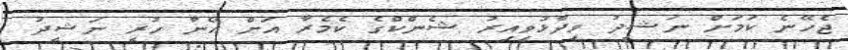
ޖެހޭނެ ކަމަށް ނަޝީދު ވިދާޅުވިއިރު ޝެންކްގެ ކެމެރާ އަށް އޭނާ ހުރީ ނަޝީދު